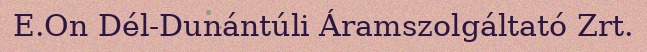
E.On Dél-Dunántúli Áramszolgáltató Zrt.